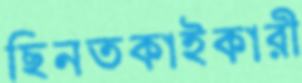
ছিনতকাইকারী